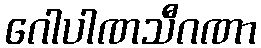
ဂေါပါဏသီဂဏာ